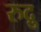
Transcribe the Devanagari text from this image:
रुद्रु